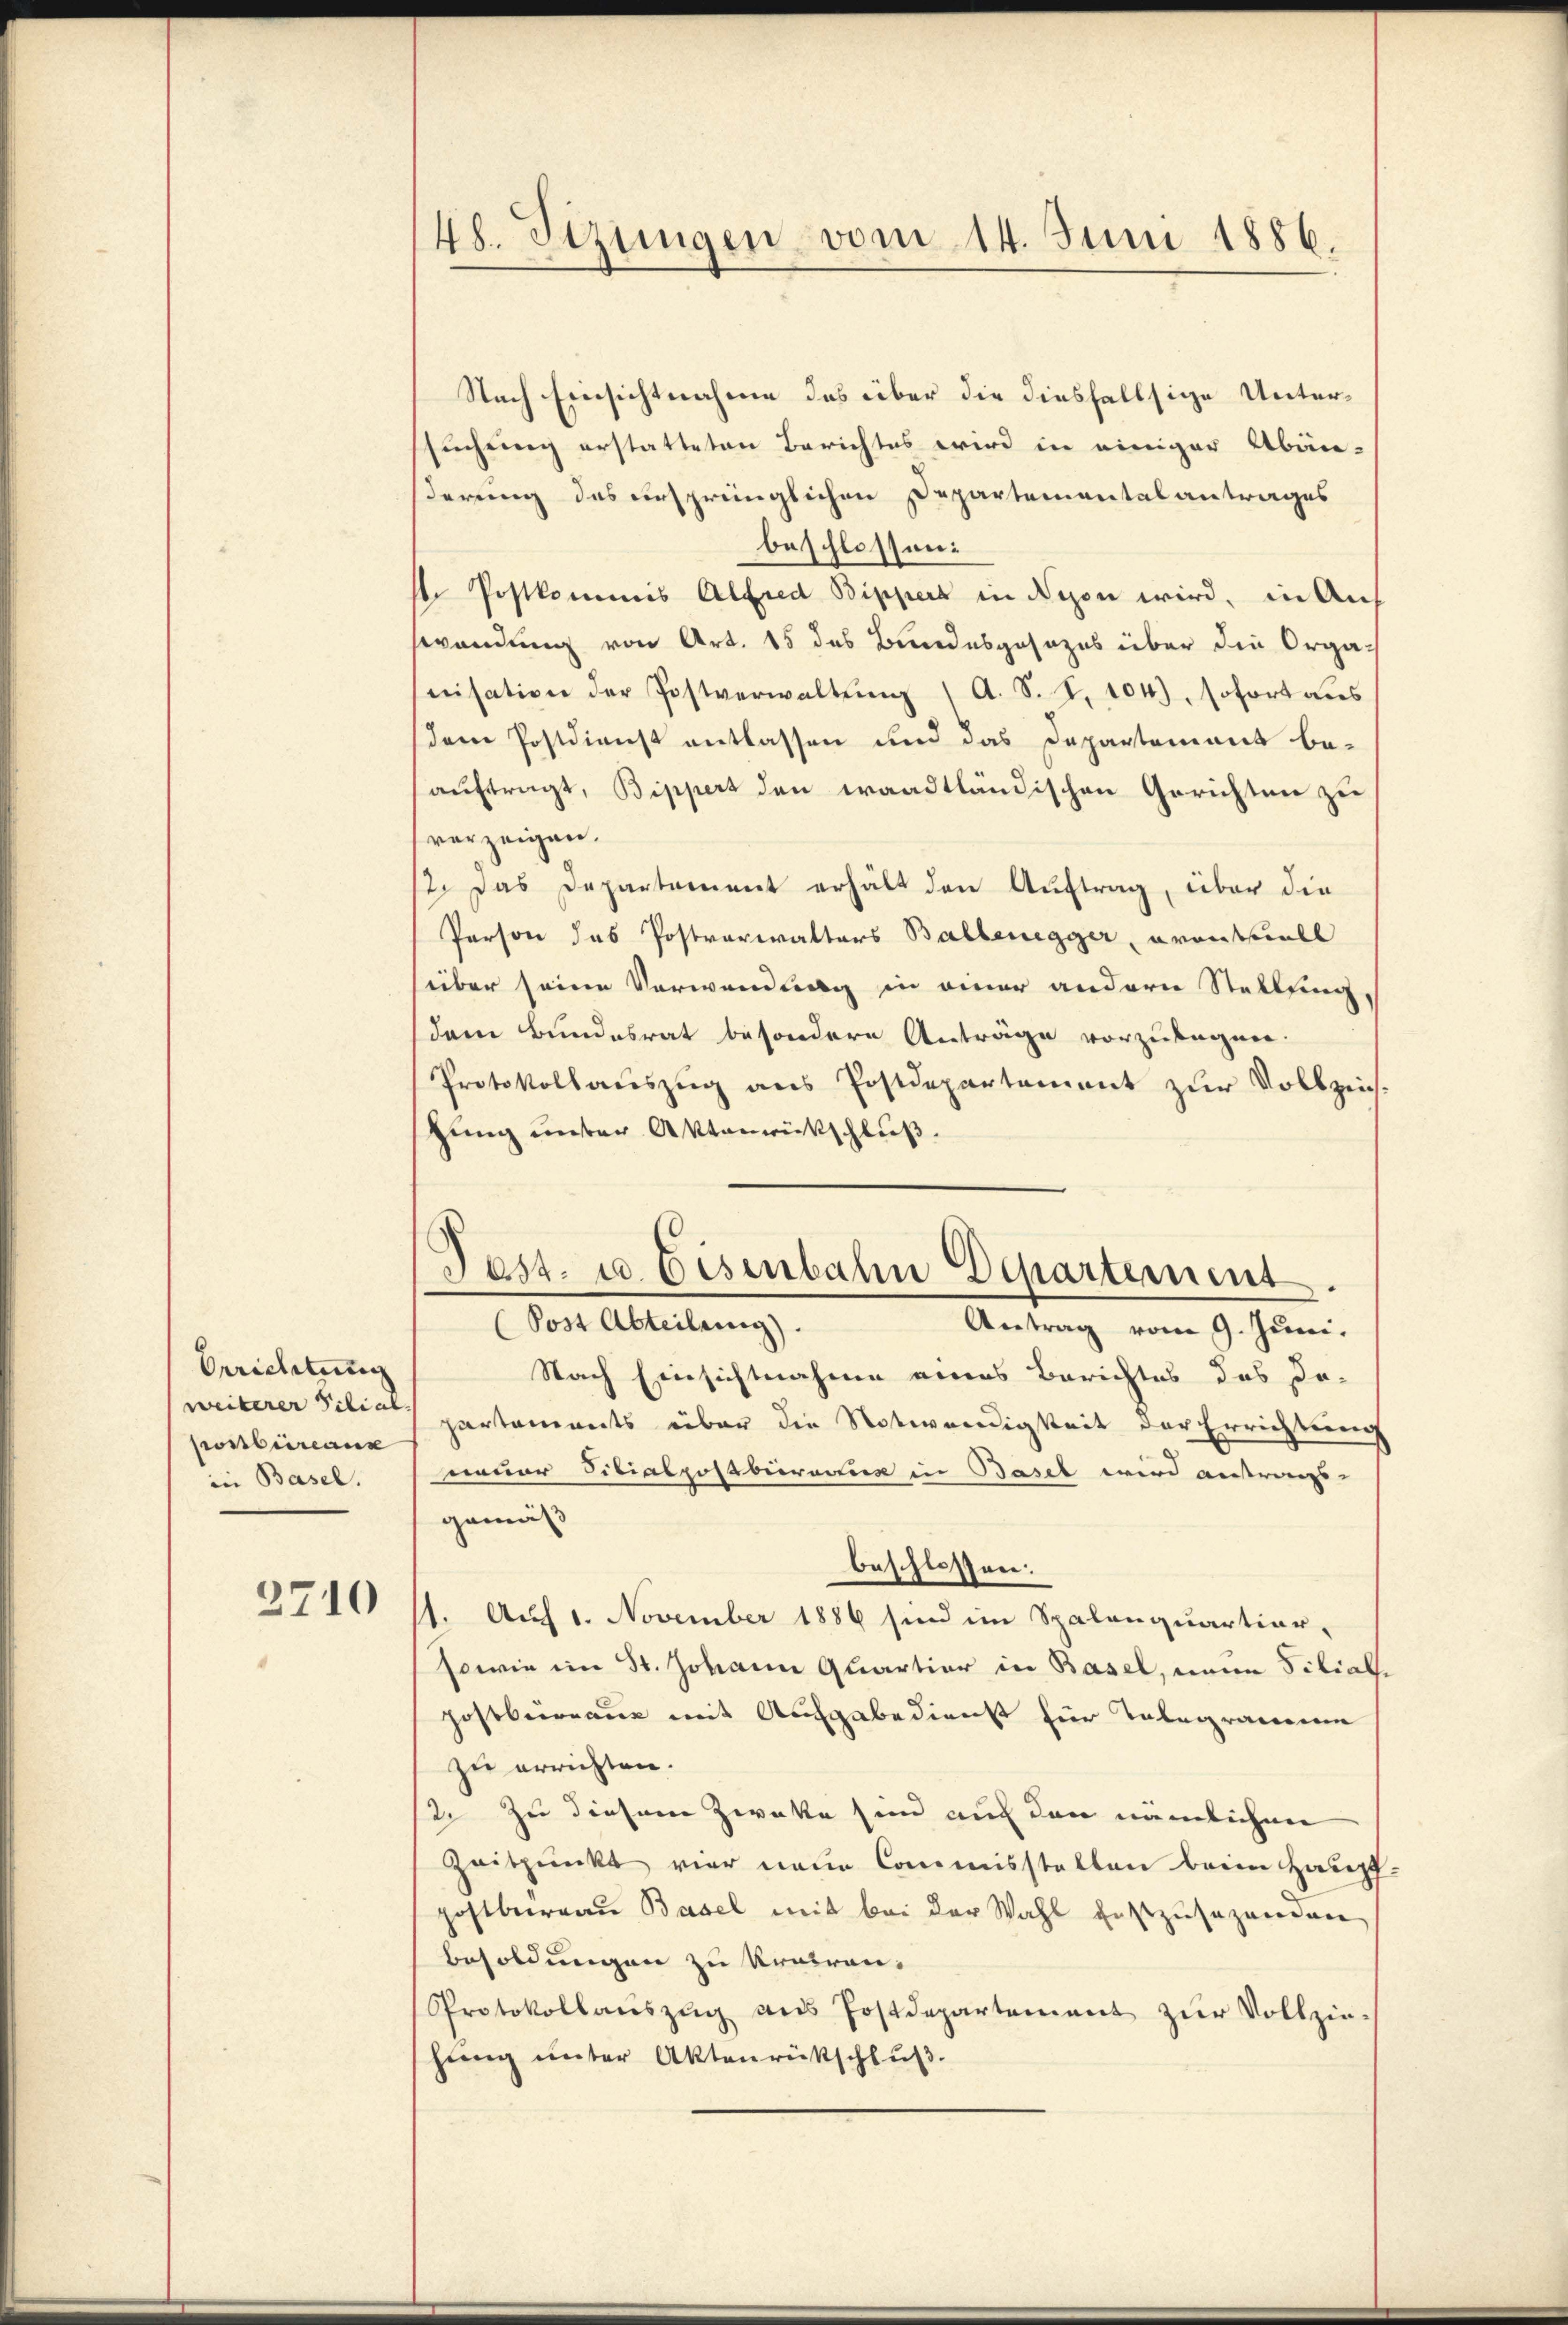
Orrichtung
weiterer Schial
postbureaux
in Basel.

2710

48. Sizungen vom 14. Juni 1886.

Nach Einsichtnahme das über die diesfallsige Untersuchung erstatteten Berichtes wird in einiger Abänsderung des ursprünglichen Departementalantrages
beschlossen:
st. Postkommes Alfred Bippers in Nezon wird, in Auf
Wendung von Art. 15 des Bundesgesezes über die Organisation der Postverwaltŭng (A. S. S. 104), sofort aus
dem Postdienst entlassen und das Departement be-
auftragt, Bippert den waadtländischen Gerichten zu
vorzeigen.
12. Das Departement erhält den Aŭftrag, über die
Person das Postverwalters Ballenegger, avantuell
über seine Verwendung in einer andern Stellung
dem Bundesrat besondere Anträge vorzulagen.
Protokollauszug aus Postdepartement zur Vollzeich-
zung unser Aktenrückschluß.

Pest. u. Eisenbahn Departement
(Post Abteilung).
Antrag vom 9. Juni.

Nach Einsichtnahme eines Berichtes des Da-
partements über die Notwendigkeit der Errichtung
nauer Titialposaburarius in Basel wird antrags-
gemäß
beschlossen:
1. Auf 1. November 1886 sind im Spalanquartier-
sowie im St. Johann Quartier in Basel, eine Filiale
postbureau mit Aufgabedienst für Telegrammen
zu errichten.
12 zu diesem Zweke sind auch den nämlichen
Zeitpunkt vier neue Commisstellen beim Haupt-
postbureau Basel mit bei der Wahl festzusehenden
Besoldungen zu kruiren.
Protokollaŭszŭg ans Postdepartement zŭr Vollzie-
hieng ŭnter Aktenrütschlŭβ